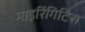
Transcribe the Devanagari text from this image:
माइरिंगिटिस